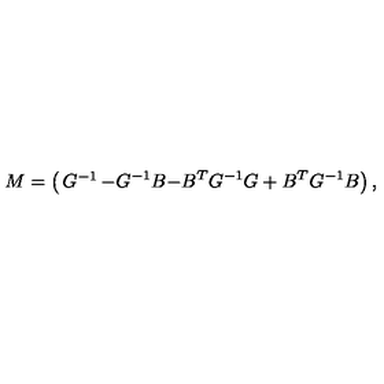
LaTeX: M = \left( \begin{matrix} { G ^ { - 1 } } & { - G ^ { - 1 } B } \\ { - B ^ { T } G ^ { - 1 } } & { G + B ^ { T } G ^ { - 1 } B } \\ \end{matrix} \right) ,